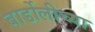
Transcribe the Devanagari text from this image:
बार्डोलीच्या